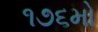
૧૭૬મો